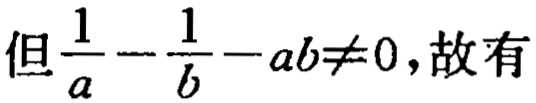
但$\frac{1}{a}-\frac{1}{b}-ab\neq0$,故有